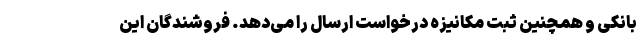
بانکی و همچنین ثبت مکانیزه درخواست ارسال را می­دهد. فروشندگان این